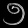
Digit: ၅